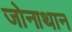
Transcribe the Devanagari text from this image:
जोनाथान